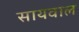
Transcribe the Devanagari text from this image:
सायवाल